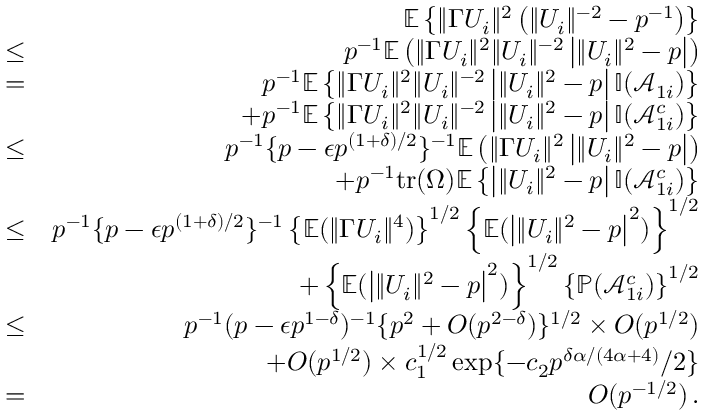
\begin{array} { r l r } & { } & { { \mathbb { E } } \left\{ \| \Gamma U _ { i } \| ^ { 2 } \left( \| U _ { i } \| ^ { - 2 } - p ^ { - 1 } \right) \right\} } \\ & { \leq } & { p ^ { - 1 } { \mathbb { E } } \left( \| \Gamma U _ { i } \| ^ { 2 } \| U _ { i } \| ^ { - 2 } \left| \| U _ { i } \| ^ { 2 } - p \right| \right) } \\ & { = } & { p ^ { - 1 } { \mathbb { E } } \left\{ \| \Gamma U _ { i } \| ^ { 2 } \| U _ { i } \| ^ { - 2 } \left| \| U _ { i } \| ^ { 2 } - p \right| { \mathbb { I } } ( \mathcal { A } _ { 1 i } ) \right\} } \\ & { } & { + p ^ { - 1 } { \mathbb { E } } \left\{ \| \Gamma U _ { i } \| ^ { 2 } \| U _ { i } \| ^ { - 2 } \left| \| U _ { i } \| ^ { 2 } - p \right| { \mathbb { I } } ( \mathcal { A } _ { 1 i } ^ { c } ) \right\} } \\ & { \leq } & { p ^ { - 1 } \{ p - \epsilon p ^ { ( 1 + \delta ) / 2 } \} ^ { - 1 } { \mathbb { E } } \left( \| \Gamma U _ { i } \| ^ { 2 } \left| \| U _ { i } \| ^ { 2 } - p \right| \right) } \\ & { } & { + p ^ { - 1 } \mathrm { t r } ( \Omega ) { \mathbb { E } } \left\{ \left| \| U _ { i } \| ^ { 2 } - p \right| { \mathbb { I } } ( \mathcal { A } _ { 1 i } ^ { c } ) \right\} } \\ & { \leq } & { p ^ { - 1 } \{ p - \epsilon p ^ { ( 1 + \delta ) / 2 } \} ^ { - 1 } \left\{ { \mathbb { E } } ( \| \Gamma U _ { i } \| ^ { 4 } ) \right\} ^ { 1 / 2 } \left\{ { \mathbb { E } } ( \left| \| U _ { i } \| ^ { 2 } - p \right| ^ { 2 } ) \right\} ^ { 1 / 2 } } \\ & { } & { + \left\{ { \mathbb { E } } ( \left| \| U _ { i } \| ^ { 2 } - p \right| ^ { 2 } ) \right\} ^ { 1 / 2 } \left\{ { \mathbb { P } } ( \mathcal { A } _ { 1 i } ^ { c } ) \right\} ^ { 1 / 2 } } \\ & { \leq } & { p ^ { - 1 } ( p - \epsilon p ^ { 1 - \delta } ) ^ { - 1 } \{ p ^ { 2 } + O ( p ^ { 2 - \delta } ) \} ^ { 1 / 2 } \times O ( p ^ { 1 / 2 } ) } \\ & { } & { + O ( p ^ { 1 / 2 } ) \times c _ { 1 } ^ { 1 / 2 } \exp \{ - c _ { 2 } p ^ { \delta \alpha / ( 4 \alpha + 4 ) } / 2 \} } \\ & { = } & { O ( p ^ { - 1 / 2 } ) \, . } \end{array}